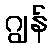
ဂျွန်